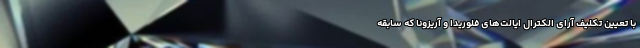
با تعیین تکلیف آرای الکترال ایالت‌های فلوریدا و آریزونا که سابقه